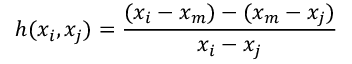
h ( x _ { i } , x _ { j } ) = { \frac { ( x _ { i } - x _ { m } ) - ( x _ { m } - x _ { j } ) } { x _ { i } - x _ { j } } }